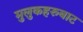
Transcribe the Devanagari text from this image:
मुलुकहरुबाट